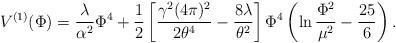
LaTeX: \begin{align*}V^{(1)} (\Phi) = \frac{\lambda}{\alpha^2} \Phi^4 +\frac{1}{2}\left[ \frac{\gamma^2 (4 \pi )^2}{2 \theta^4} -\frac{8\lambda}{\theta^2} \right] \Phi^4 \left( \ln\frac{\Phi^2}{\mu^2} -\frac{25}{6} \right).\end{align*}